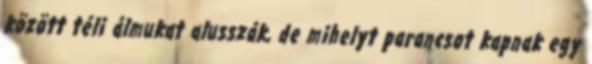
között téli álmukat alusszák, de mihelyt parancsot kapnak egy